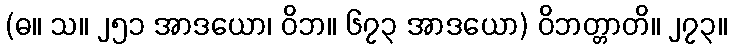
(ဓ။ သ။ ၂၅၁ အာဒယော၊ ဝိဘ။ ၆၇၃ အာဒယော) ဝိဘတ္တာတိ။ ၂၇၃။